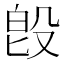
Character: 𣪘